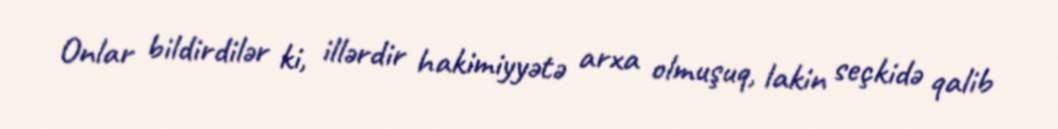
Onlar bildirdilər ki, illərdir hakimiyyətə arxa olmuşuq, lakin seçkidə qalib